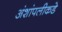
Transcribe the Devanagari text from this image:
अंशांपलीकडे